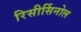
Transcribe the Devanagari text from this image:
रिसीर्सिनोल